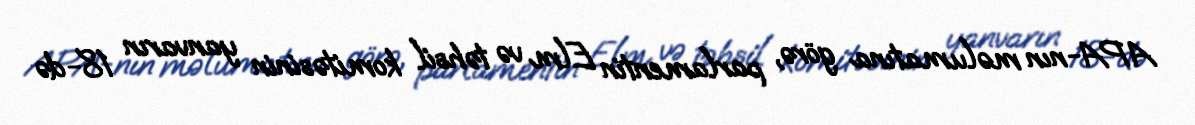
APA-nın məlumatına görə, parlamentin Elm və təhsil komitəsinin yanvarın 18-də